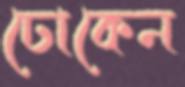
ঢোকেন